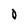
Character: 0